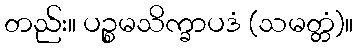
တည်း။ ပဉ္စမသိက္ခာပဒံ (သမတ္တံ)။